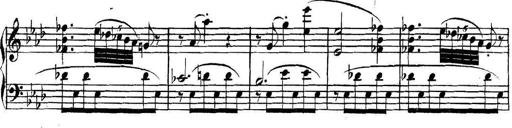
Title: Collected Piano Sonatas
Composer: Muzio Clementi